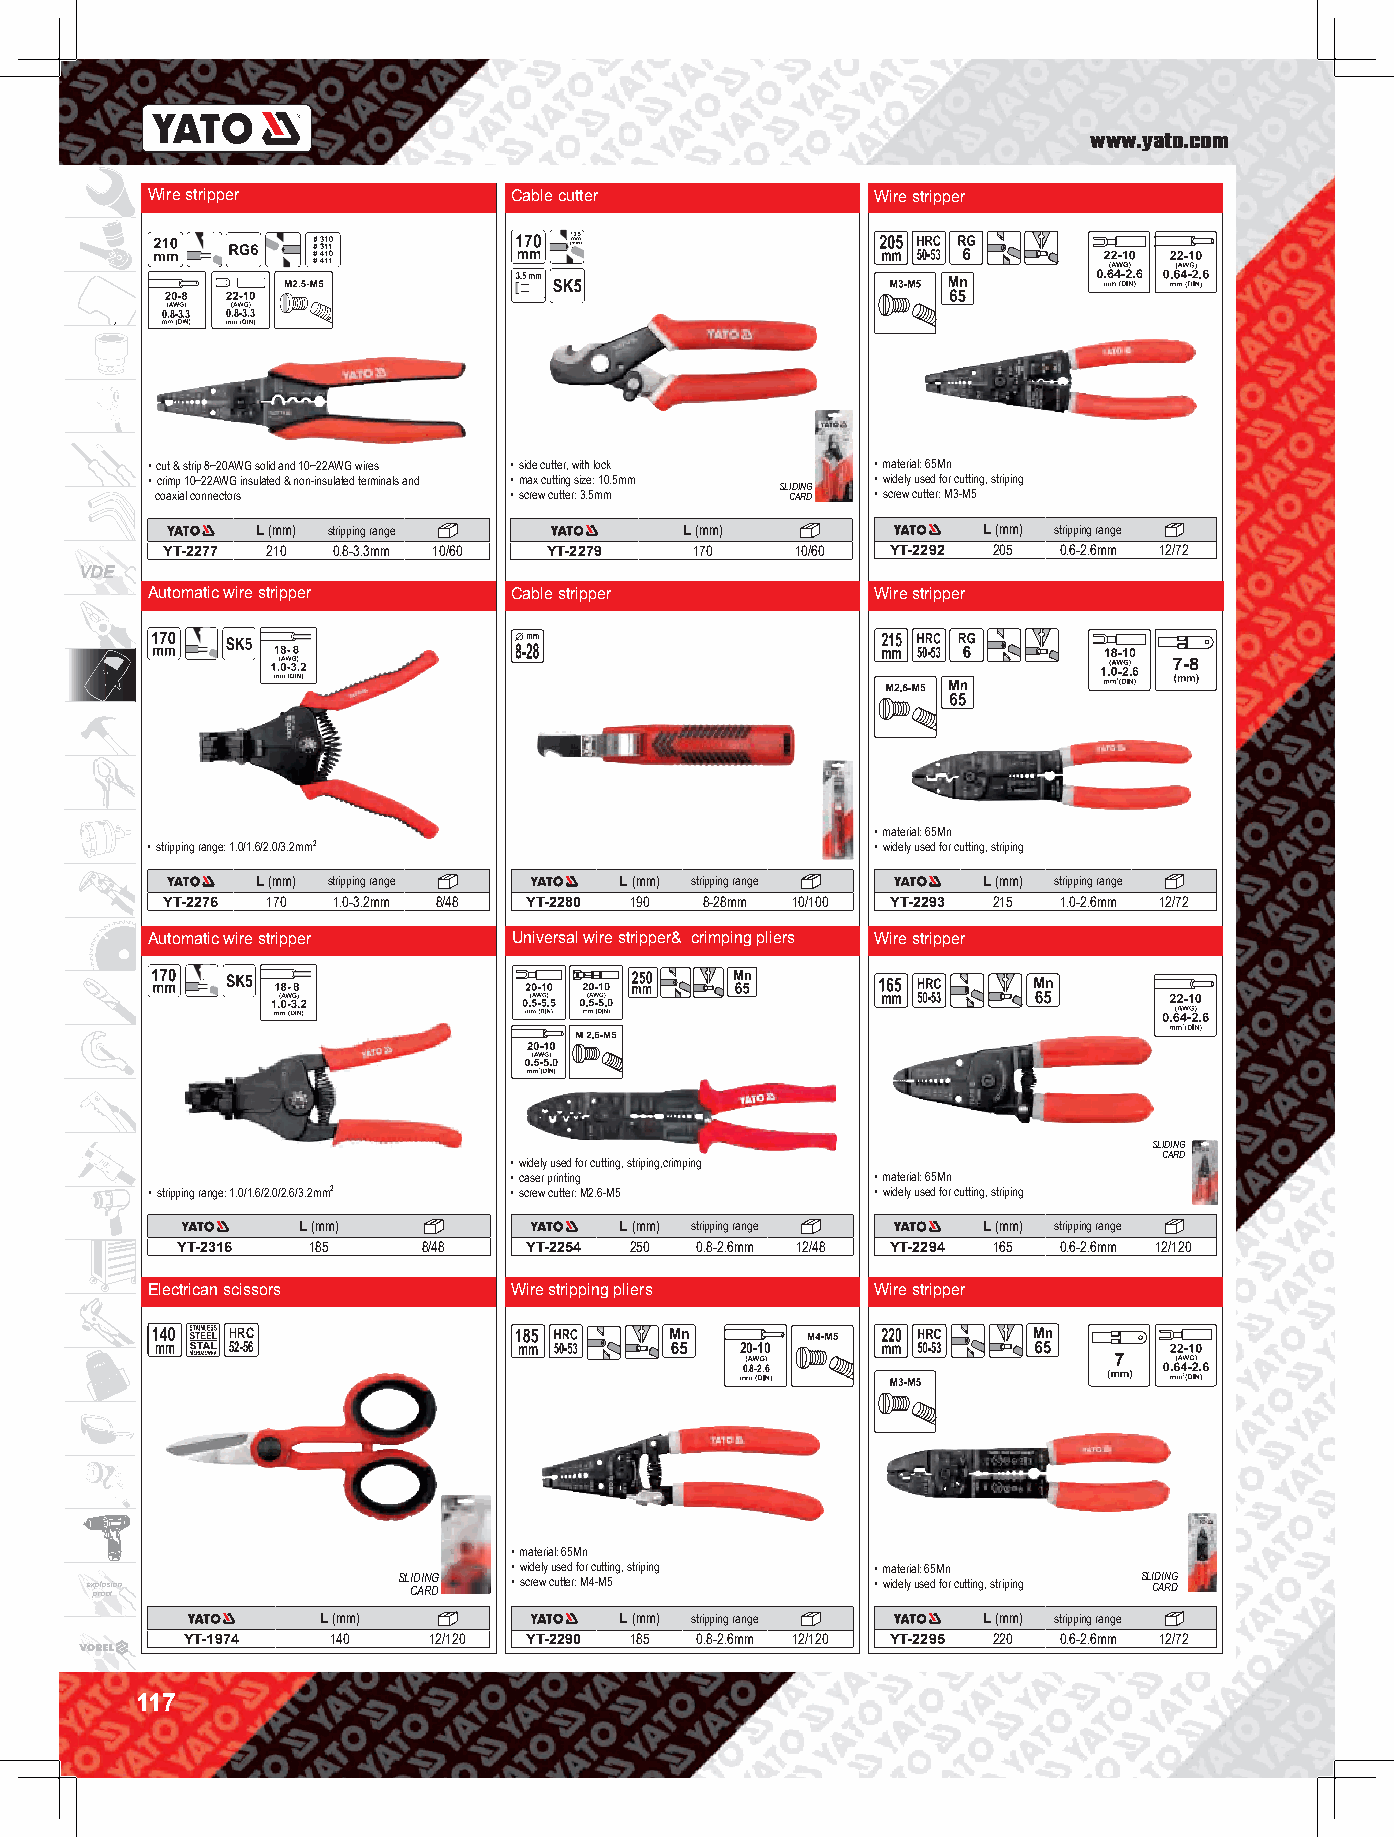
www.yato.com
 Wire stripper           Cable cutter            Wire stripper
 0.8-3.3 0.8-3.3
 • cut & strip 8~20AWG solid and 10~22AWG wires • side cutter, with lock • material: 65Mn
 • crimp 10~22AWG insulated & non-insulated terminals and • max cutting size: 10.5mm • widely used for cutting, striping
 SLIDING
 coaxial connectors      • screw cutter: 3.5mm CARD • screw cutter: M3-M5
 L (mm) stripping range      L (mm)              L (mm) stripping range
 YT-2277 210 0.8-3.3mm 10/60 YT-2279 170   10/60 YT-2292 205 0.6-2.6mm 12/72
 VDE
 Automatic wire stripper Cable stripper          Wire stripper
 • material: 65Mn
 • stripping range: 1.0/1.6/2.0/3.2mm2           • widely used for cutting, striping
 L (mm) stripping range  L (mm) stripping range  L (mm) stripping range
 YT-2276 170 1.0-3.2mm 8/48 YT-2280 190 8-28mm 10/100 YT-2293 215 1.0-2.6mm 12/72
 Automatic wire stripper Universal wire stripper& crimping pliers Wire stripper
 SLIDING
 CARD
 • widely used for cutting, striping,crimping
 • caser printing        • material: 65Mn
 • stripping range: 1.0/1.6/2.0/2.6/3.2mm2 • screw cutter: M2.6-M5 • widely used for cutting, striping
 L (mm)               L (mm) stripping range  L (mm) stripping range
 YT-2316 185     8/48   YT-2254 250 0.8-2.6mm 12/48 YT-2294 165 0.6-2.6mm 12/120
 Electrican scissors     Wire stripping pliers   Wire stripper
 HRC
 52-56                             20-10
 0.8-2.6
 • material: 65Mn
 • widely used for cutting, striping • material: 65Mn
 e x pp rl oo os fion SL CID AIN RG D • screw cutter: M4-M5 • widely used for cutting, striping SL CID AIN RG D
 L (mm)              L (mm) stripping range  L (mm) stripping range
 YT-1974   140   12/120 YT-2290 185 0.8-2.6mm 12/120 YT-2295 220 0.6-2.6mm 12/72
 117